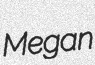
Megan